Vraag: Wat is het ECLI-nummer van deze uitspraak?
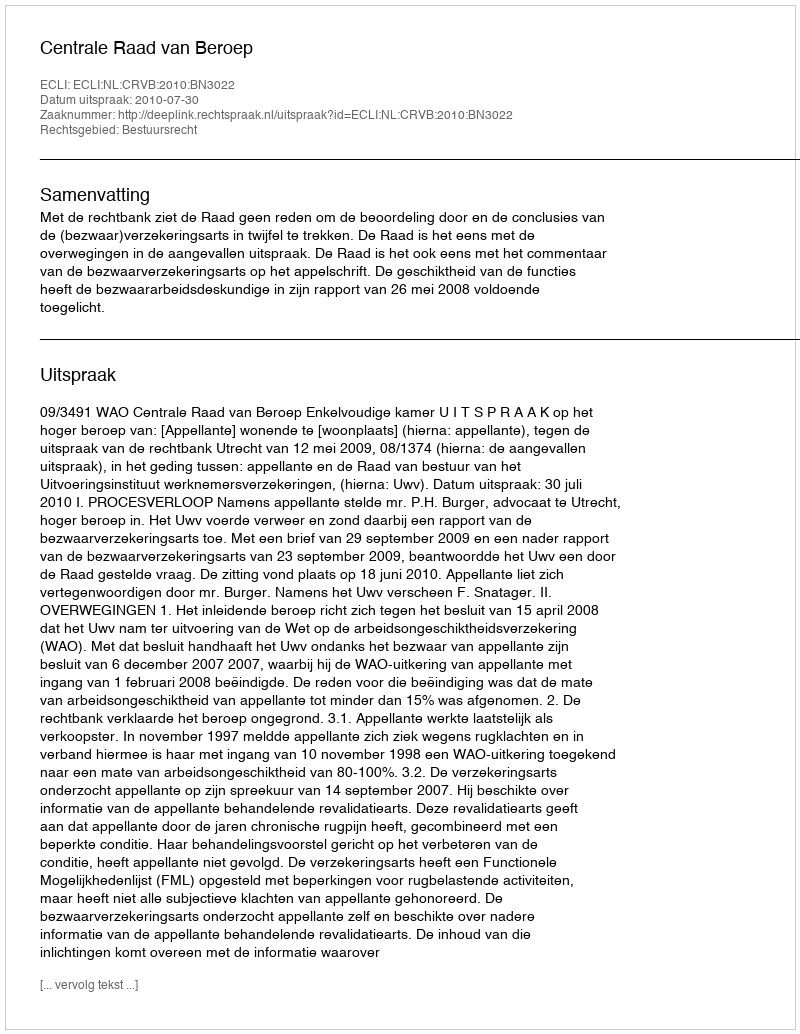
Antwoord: ECLI:NL:CRVB:2010:BN3022